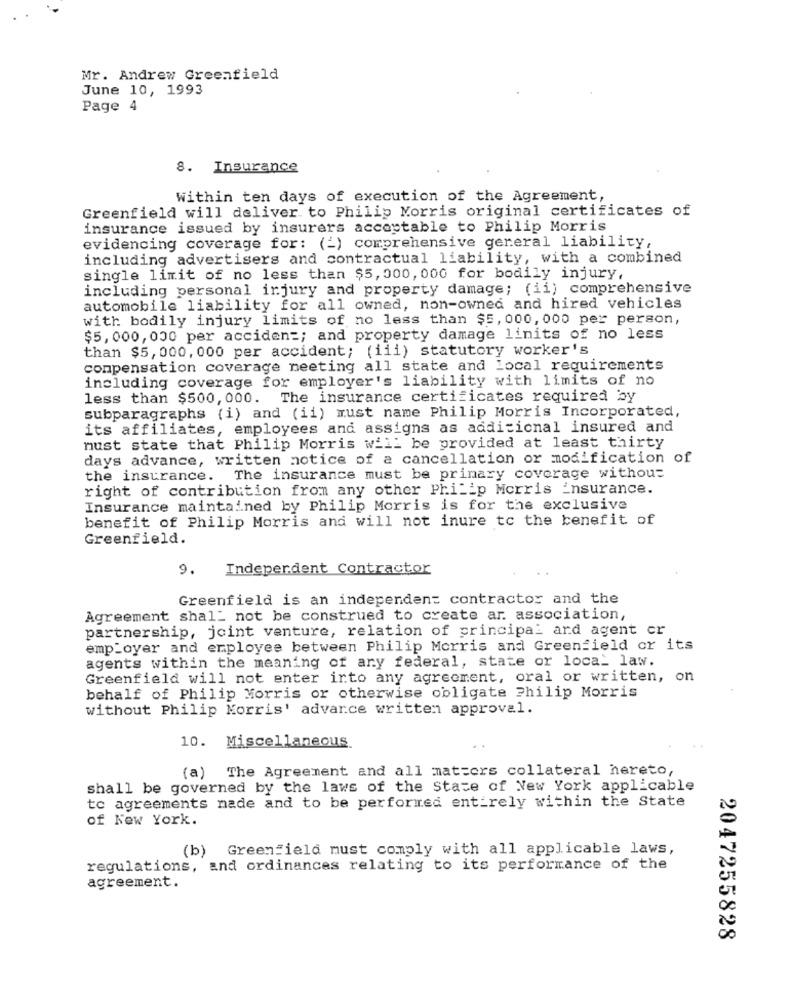
Mr. Andrew Greenfield
June 10, 1993
Page 4
8. Insurance
Within ten days of execution of the Agreement,
Greenfield will deliver to Philip Morris original certificates of
insurance issued by insurers acceptable to Philip Morris
evidencing coverage for: (_) comprehensive general liability,
including advertisers and contractual liability, with a combined
single limit of no less than $5, 000, 000 for bodily injury,
including personal injury and property damage; (ii) comprehensive
automobile liability for all owned, non-owned and hired vehicles
with bodily injury limits of no less than $5, 000, 000 per person,
$5, 000, 000 per acciden =; and property damage linits of no less
than $5, 000, 000 per accident; (iii) statutory worker's
compensation coverage meeting all state and local requirements
including coverage for employer's liability with limits of no
less than $500, 000. The insurance certificates required by
subparagraphs (i) and (ii) must name Philip Morris Incorporated,
its affiliates, employees and assigns as additional insured and
nust state that Philip Morris will be provided at least thirty
days advance, written notice of a cancellation or modification of
the insurance. The insurance must be primary coverage withou=
right of contribution from any other Philip Morris insurance.
Insurance maintained by Philip Morris is for the exclusive
benefit of Philip Morris and will not inure to the benefit of
Greenfield.
9. Independent Contractor
Greenfield is an independent contractor and the
Agreement shall not be construed to create ar. association,
partnership, joint venture, relation of principal ard agent cr
employer and employee between Philip Morris and Greenfield or its
agents within the meaning of ary federal, state or local law.
Greenfield will not enter into any agreement, oral or written, on
behalf of Philip Morris or otherwise obligate Philip Morris
without Philip Morris' advarce written approval.
10. Miscellaneous
(a) The Agreement and all matters collateral hereto,
shall be governed by the laws of the State of New York applicable
to agreements made and to be performed entirely within the State
of New York.
(b) Greenfield must comply with all applicable laws,
regulations, and ordinances relating to its performance of the
agreement.
2047255828